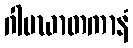
ဂါမဃာတကာနံ